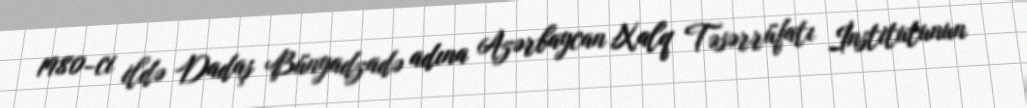
1980-ci ildə Dadaş Bünyadzadə adına Azərbaycan Xalq Təsərrüfatı İnstitutunun